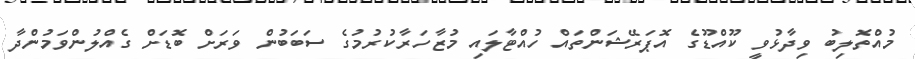
މުއްތޮލިބު ވިދާޅުވީ ކޫއްޑޫގެ އޮޕަރޭޝަންތައް ހުއްޓާލައި މުޒާހަރާކުރުމުގެ ސަބަބުން ވަރަށް ބޮޑަށް ގެއްލުންވަމުންދާ